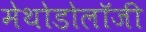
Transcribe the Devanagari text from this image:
मेथोडोलॉजी